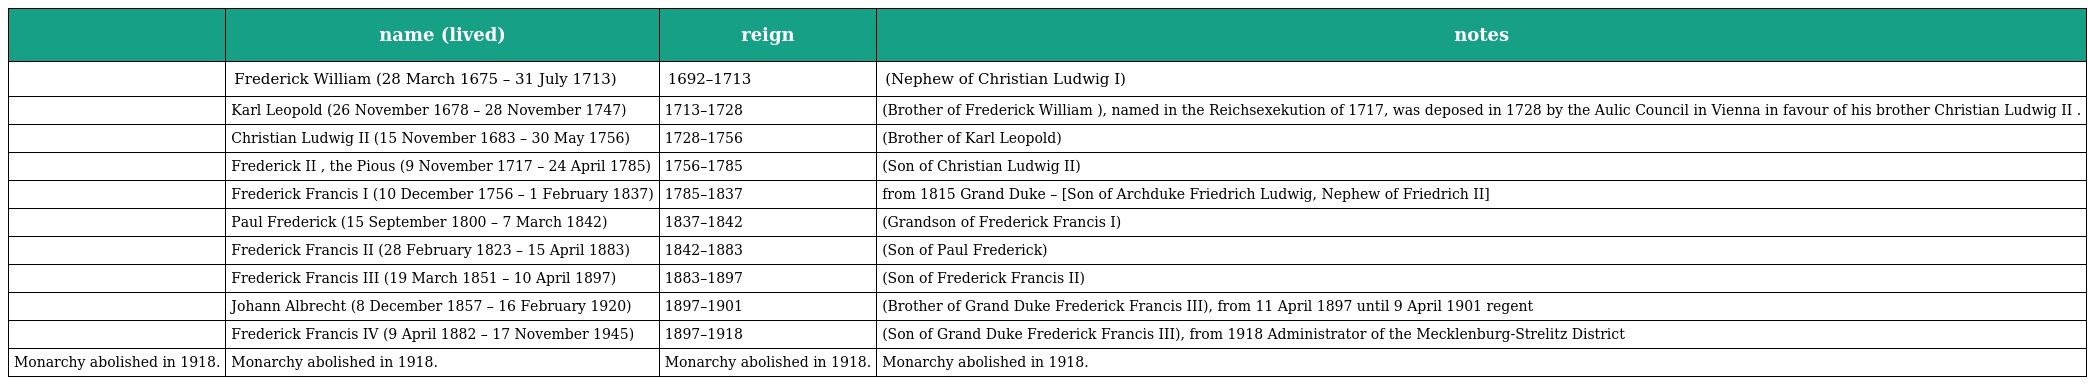
|  | name (lived) | reign | notes |
 | --- | --- | --- | --- |
 |  | Frederick William (28 March 1675 – 31 July 1713) | 1692–1713 | (Nephew of Christian Ludwig I) |
 |  | Karl Leopold (26 November 1678 – 28 November 1747) | 1713–1728 | (Brother of Frederick William ), named in the Reichsexekution of 1717, was deposed in 1728 by the Aulic Council in Vienna in favour of his brother Christian Ludwig II . |
 |  | Christian Ludwig II (15 November 1683 – 30 May 1756) | 1728–1756 | (Brother of Karl Leopold) |
 |  | Frederick II , the Pious (9 November 1717 – 24 April 1785) | 1756–1785 | (Son of Christian Ludwig II) |
 |  | Frederick Francis I (10 December 1756 – 1 February 1837) | 1785–1837 | from 1815 Grand Duke – [Son of Archduke Friedrich Ludwig, Nephew of Friedrich II] |
 |  | Paul Frederick (15 September 1800 – 7 March 1842) | 1837–1842 | (Grandson of Frederick Francis I) |
 |  | Frederick Francis II (28 February 1823 – 15 April 1883) | 1842–1883 | (Son of Paul Frederick) |
 |  | Frederick Francis III (19 March 1851 – 10 April 1897) | 1883–1897 | (Son of Frederick Francis II) |
 |  | Johann Albrecht (8 December 1857 – 16 February 1920) | 1897–1901 | (Brother of Grand Duke Frederick Francis III), from 11 April 1897 until 9 April 1901 regent |
 |  | Frederick Francis IV (9 April 1882 – 17 November 1945) | 1897–1918 | (Son of Grand Duke Frederick Francis III), from 1918 Administrator of the Mecklenburg-Strelitz District |
 | Monarchy abolished in 1918. | Monarchy abolished in 1918. | Monarchy abolished in 1918. | Monarchy abolished in 1918. |